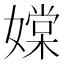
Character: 𡡢